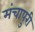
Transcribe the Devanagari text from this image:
मंचापुरी